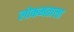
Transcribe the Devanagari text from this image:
लोकमताला